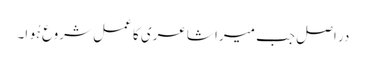
در اصل جب میرا شاعری کا عمل شروع ہُوا۔